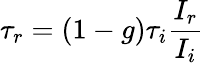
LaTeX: \tau_{r}=(1-g)\tau_{i}\frac{I_{r}}{I_{i}}